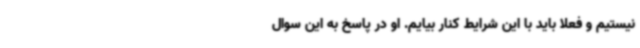
نیستیم و فعلا باید با این شرایط کنار بیایم. او در پاسخ به این سوال